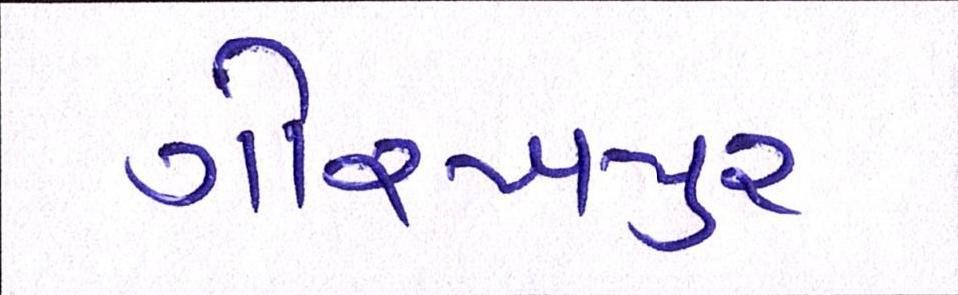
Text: ગોરખપુરઃ